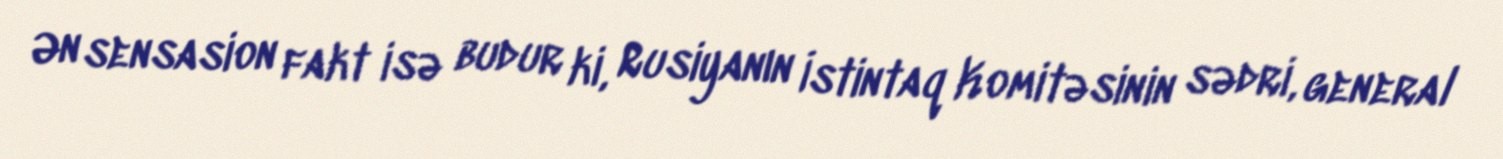
Ən sensasion fakt isə budur ki, Rusiyanın İstintaq Komitəsinin sədri, general